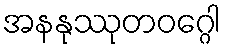
အနနုဿုတဝဂ္ဂေါ